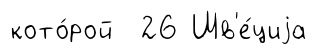
кото́рой 26 Шв'е́циjа